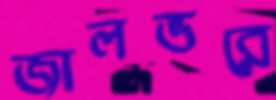
জালভরে